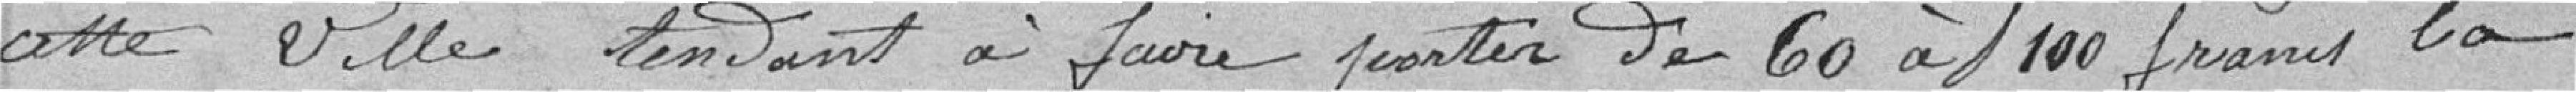
cette ville tendant à faire porter de 60à 100 francs la